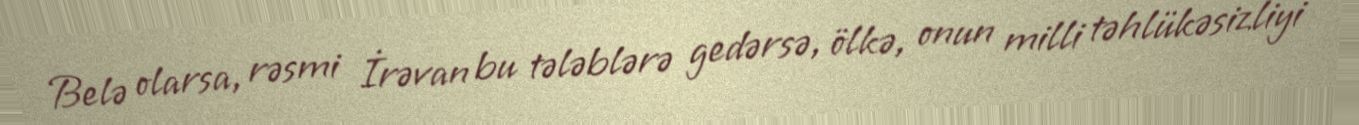
Belə olarsa, rəsmi İrəvan bu tələblərə gedərsə, ölkə, onun milli təhlükəsizliyi